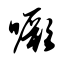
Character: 噘